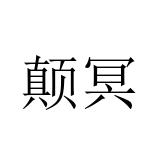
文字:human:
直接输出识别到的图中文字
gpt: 颠冥